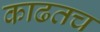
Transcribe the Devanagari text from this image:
काढतच